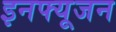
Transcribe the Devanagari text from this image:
इनफ्यूजन